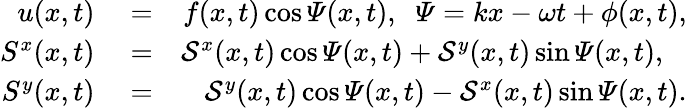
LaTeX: \begin{array}{rlr}{u(x,t)}&{{}=}&{f(x,t)\cos\varPsi(x,t),\; \; \varPsi=kx-\omega t+\phi(x,t),}\\ {S^{x}(x,t)}&{{}=}&{\mathcal{S}^{x}(x,t)\cos\varPsi(x,t)+\mathcal{S}^{y}(x,t)\sin\varPsi(x,t),\; \; \; }\\ {S^{y}(x,t)}&{{}=}&{\mathcal{S}^{y}(x,t)\cos\varPsi(x,t)-\mathcal{S}^{x}(x,t)\sin\varPsi(x,t).}\end{array}